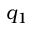
q _ { 1 }